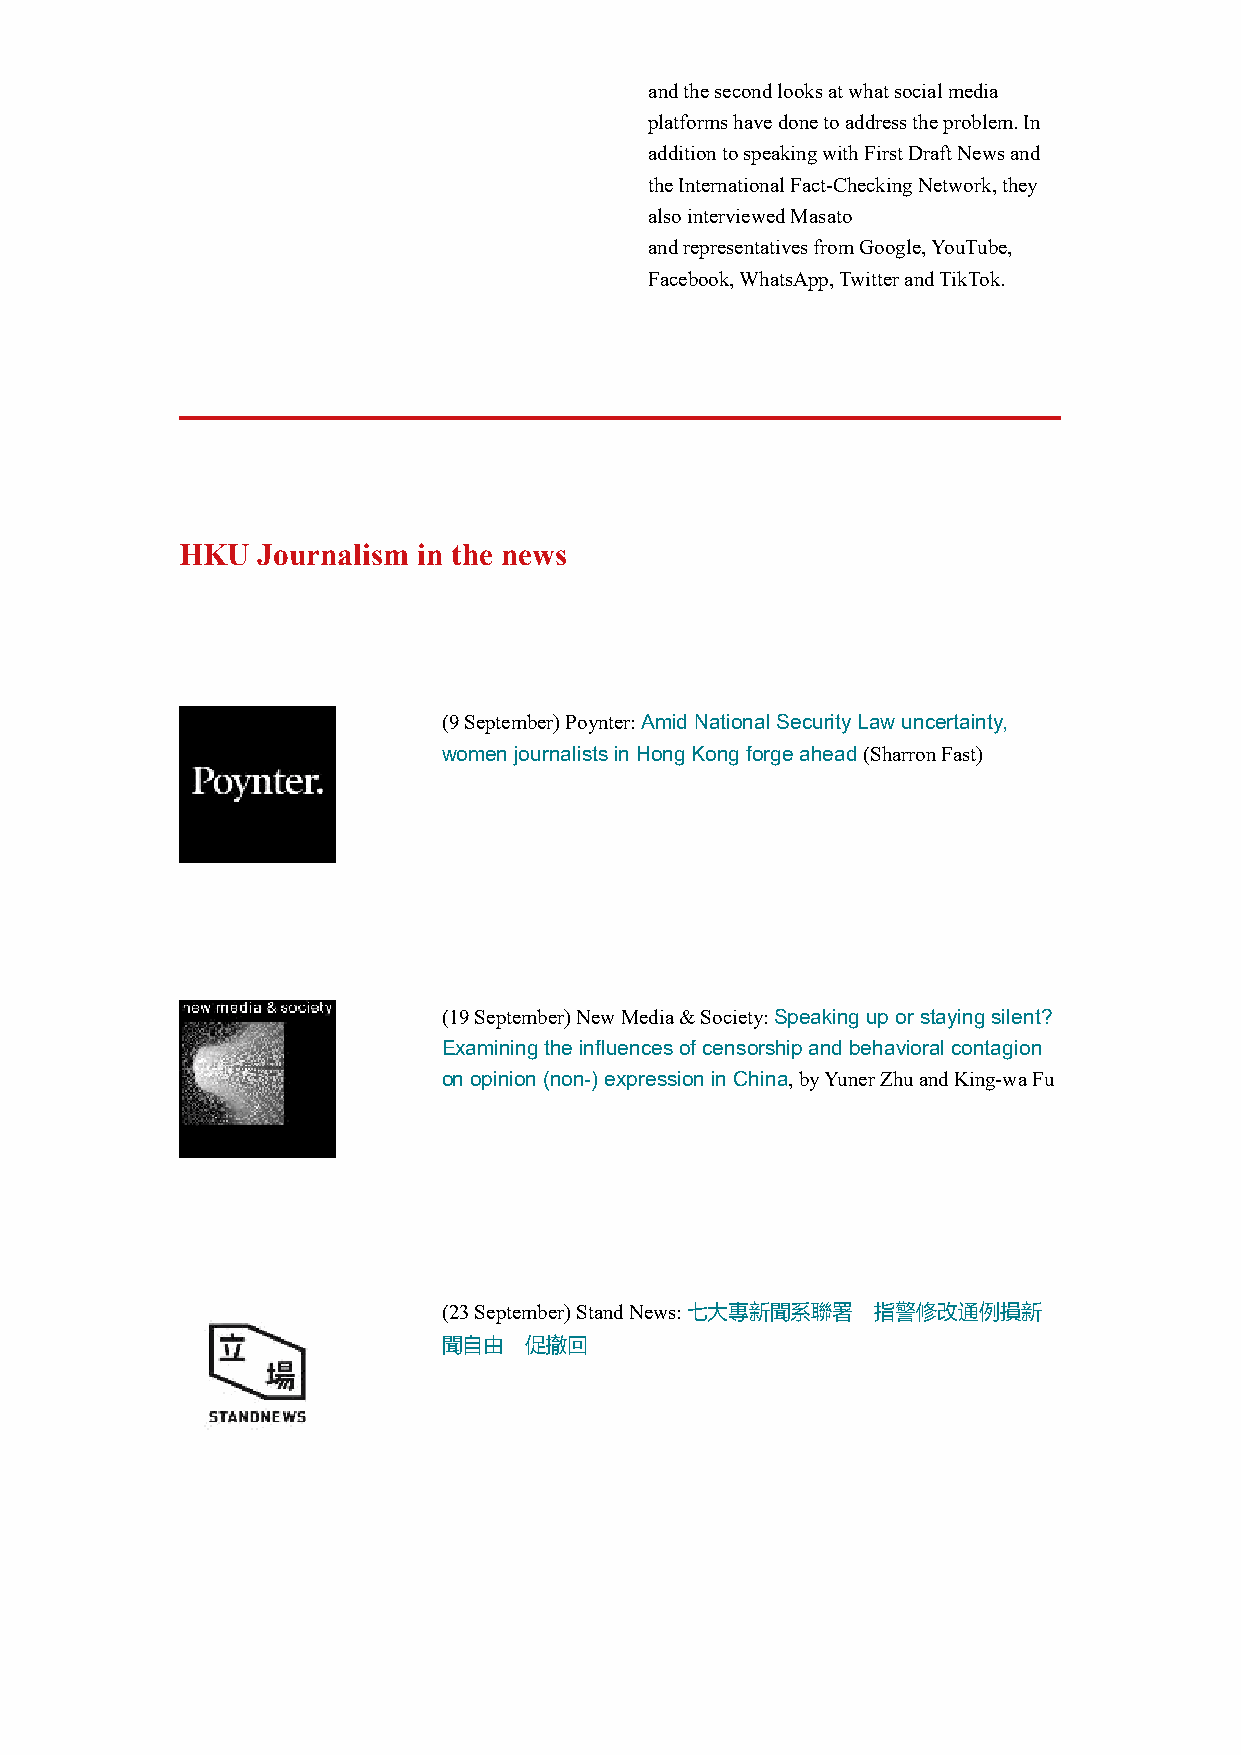
and the second looks at what social media
 platforms have done to address the problem. In
 addition to speaking with First Draft News and
 the International Fact-Checking Network, they
 also interviewed Masato
 and representatives from Google, YouTube,
 Facebook, WhatsApp, Twitter and TikTok.
 HKU  Journalism in the news
 (9 September) Poynter: Amid National Security Law uncertainty,
 women journalists in Hong Kong forge ahead (Sharron Fast)
 (19 September) New Media & Society: Speaking up or staying silent?
 Examining the influences of censorship and behavioral contagion
 on opinion (non-) expression in China, by Yuner Zhu and King-wa Fu
 (23 September) Stand News: 七大專新聞系聯署 指警修改通例損新
 聞自由   促撤回